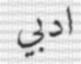
ادبي